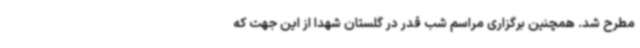
مطرح شد. همچنین برگزاری مراسم شب قدر در گلستان شهدا از این جهت که